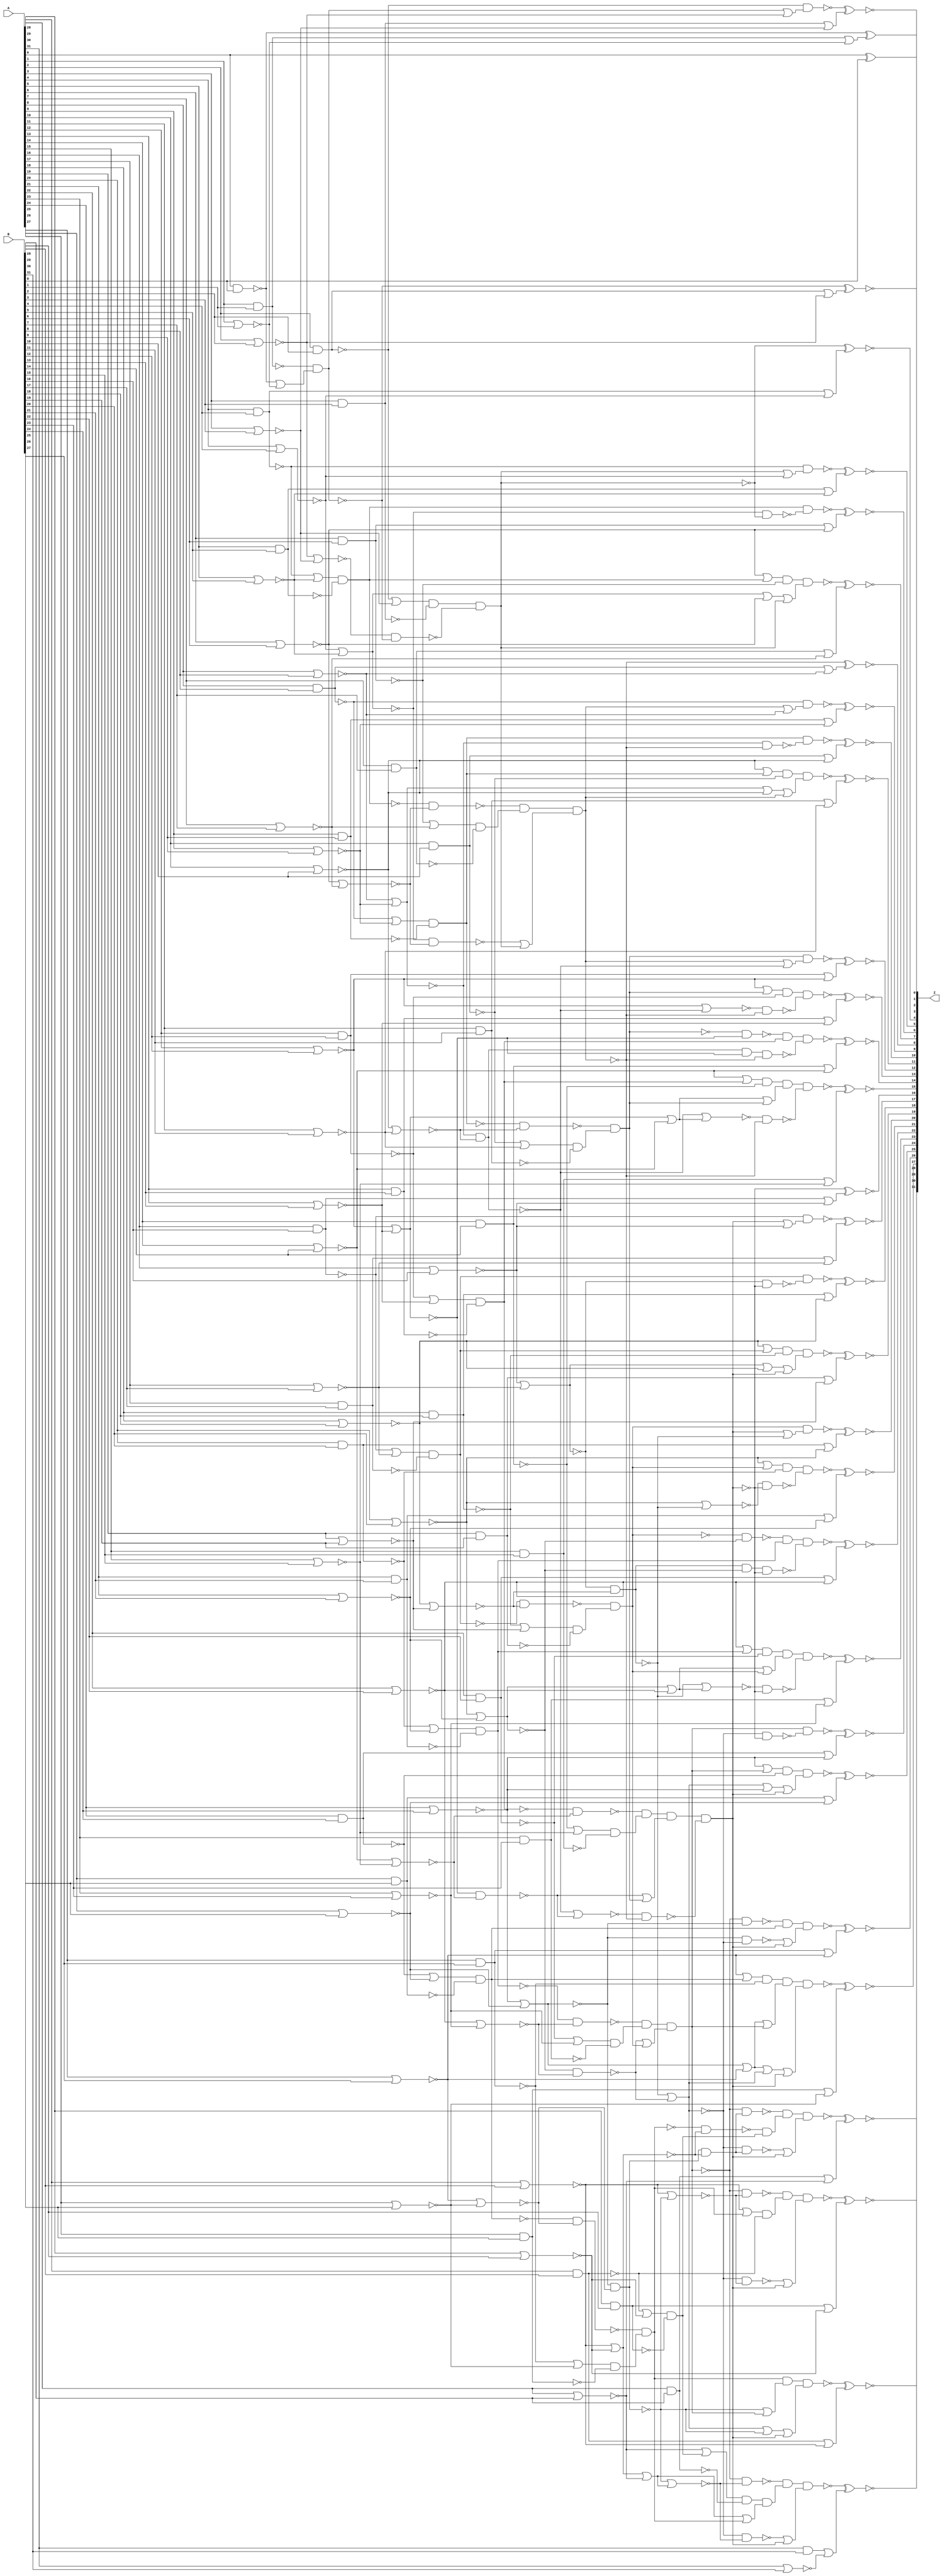
module add_unsigned_GENERIC_REAL(A, B, Z);
// synthesis_equation add_unsigned
  input [31:0] A, B;
  output [31:0] Z;
  wire [31:0] A, B;
  wire [31:0] Z;
  wire n_98, n_101, n_104, n_106, n_107, n_108, n_109, n_111;
  wire n_112, n_113, n_114, n_115, n_117, n_118, n_119, n_120;
  wire n_121, n_123, n_124, n_125, n_126, n_127, n_129, n_130;
  wire n_131, n_132, n_133, n_135, n_136, n_137, n_138, n_139;
  wire n_141, n_142, n_143, n_144, n_145, n_147, n_148, n_149;
  wire n_150, n_151, n_153, n_154, n_155, n_156, n_157, n_159;
  wire n_160, n_161, n_162, n_163, n_165, n_166, n_167, n_168;
  wire n_169, n_171, n_172, n_173, n_174, n_175, n_177, n_178;
  wire n_179, n_180, n_181, n_183, n_184, n_185, n_186, n_187;
  wire n_189, n_190, n_191, n_192, n_195, n_196, n_199, n_201;
  wire n_202, n_203, n_205, n_207, n_212, n_213, n_215, n_217;
  wire n_222, n_223, n_225, n_227, n_232, n_233, n_235, n_237;
  wire n_242, n_243, n_245, n_247, n_252, n_253, n_255, n_257;
  wire n_262, n_263, n_265, n_272, n_275, n_280, n_284, n_285;
  wire n_287, n_291, n_293, n_295, n_297, n_299, n_300, n_302;
  wire n_306, n_308, n_310, n_312, n_314, n_315, n_317, n_321;
  wire n_323, n_329, n_332, n_339, n_341, n_344, n_345, n_347;
  wire n_348, n_350, n_351, n_352, n_354, n_359, n_361, n_364;
  wire n_367, n_372, n_377, n_387, n_390, n_397, n_399, n_402;
  wire n_403, n_405, n_406, n_411, n_423, n_427, n_431, n_442;
  wire n_446, n_448, n_451, n_455, n_457, n_460, n_463, n_466;
  wire n_468, n_471, n_475, n_477, n_480, n_483, n_486, n_488;
  wire n_491, n_493, n_496, n_498, n_501, n_504, n_507, n_509;
  wire n_512, n_520, n_521, n_522, n_523, n_524, n_525, n_526;
  wire n_527, n_528, n_529, n_530, n_531, n_532, n_533, n_534;
  wire n_535, n_536, n_537, n_538, n_539, n_540, n_541, n_542;
  wire n_543, n_544, n_545, n_546, n_547, n_548, n_549, n_550;
  wire n_551, n_552, n_553, n_554, n_555, n_556, n_557, n_558;
  wire n_559, n_560, n_561, n_562, n_563, n_564, n_565, n_566;
  wire n_567, n_568, n_569, n_571, n_572, n_573, n_574, n_575;
  wire n_576, n_577, n_578, n_579, n_580, n_581, n_582, n_583;
  wire n_584, n_585, n_586, n_587, n_588, n_589, n_590, n_591;
  wire n_592, n_593, n_594, n_595, n_596, n_597, n_598, n_599;
  wire n_600, n_601, n_602, n_603, n_604, n_605, n_606, n_607;
  wire n_608, n_609, n_610, n_611, n_612, n_613, n_614, n_615;
  wire n_616, n_617, n_618, n_619, n_620, n_621, n_622, n_623;
  wire n_624;
  xor g1 (Z[0], A[0], B[0]);
  nand g2 (n_98, A[0], B[0]);
  nor g6 (n_101, A[1], B[1]);
  nand g7 (n_104, A[1], B[1]);
  nor g8 (n_111, A[2], B[2]);
  nand g9 (n_106, A[2], B[2]);
  nor g10 (n_107, A[3], B[3]);
  nand g11 (n_108, A[3], B[3]);
  nor g12 (n_117, A[4], B[4]);
  nand g13 (n_112, A[4], B[4]);
  nor g14 (n_113, A[5], B[5]);
  nand g15 (n_114, A[5], B[5]);
  nor g16 (n_123, A[6], B[6]);
  nand g17 (n_118, A[6], B[6]);
  nor g18 (n_119, A[7], B[7]);
  nand g19 (n_120, A[7], B[7]);
  nor g20 (n_129, A[8], B[8]);
  nand g21 (n_124, A[8], B[8]);
  nor g22 (n_125, A[9], B[9]);
  nand g23 (n_126, A[9], B[9]);
  nor g24 (n_135, A[10], B[10]);
  nand g25 (n_130, A[10], B[10]);
  nor g26 (n_131, A[11], B[11]);
  nand g27 (n_132, A[11], B[11]);
  nor g28 (n_141, A[12], B[12]);
  nand g29 (n_136, A[12], B[12]);
  nor g30 (n_137, A[13], B[13]);
  nand g31 (n_138, A[13], B[13]);
  nor g32 (n_147, A[14], B[14]);
  nand g33 (n_142, A[14], B[14]);
  nor g34 (n_143, A[15], B[15]);
  nand g35 (n_144, A[15], B[15]);
  nor g36 (n_153, A[16], B[16]);
  nand g37 (n_148, A[16], B[16]);
  nor g38 (n_149, A[17], B[17]);
  nand g39 (n_150, A[17], B[17]);
  nor g40 (n_159, A[18], B[18]);
  nand g41 (n_154, A[18], B[18]);
  nor g42 (n_155, A[19], B[19]);
  nand g43 (n_156, A[19], B[19]);
  nor g44 (n_165, A[20], B[20]);
  nand g45 (n_160, A[20], B[20]);
  nor g46 (n_161, A[21], B[21]);
  nand g47 (n_162, A[21], B[21]);
  nor g48 (n_171, A[22], B[22]);
  nand g49 (n_166, A[22], B[22]);
  nor g50 (n_167, A[23], B[23]);
  nand g51 (n_168, A[23], B[23]);
  nor g52 (n_177, A[24], B[24]);
  nand g53 (n_172, A[24], B[24]);
  nor g54 (n_173, A[25], B[25]);
  nand g55 (n_174, A[25], B[25]);
  nor g56 (n_183, A[26], B[26]);
  nand g57 (n_178, A[26], B[26]);
  nor g58 (n_179, A[27], B[27]);
  nand g59 (n_180, A[27], B[27]);
  nor g60 (n_189, A[28], B[28]);
  nand g61 (n_184, A[28], B[28]);
  nor g62 (n_185, A[29], B[29]);
  nand g63 (n_186, A[29], B[29]);
  nor g64 (n_195, A[30], B[30]);
  nand g65 (n_190, A[30], B[30]);
  nor g66 (n_191, A[31], B[31]);
  nand g67 (n_192, A[31], B[31]);
  nand g70 (n_196, n_104, n_520);
  nor g71 (n_109, n_106, n_107);
  nor g74 (n_199, n_111, n_107);
  nor g75 (n_115, n_112, n_113);
  nor g78 (n_205, n_117, n_113);
  nor g79 (n_121, n_118, n_119);
  nor g82 (n_207, n_123, n_119);
  nor g83 (n_127, n_124, n_125);
  nor g86 (n_215, n_129, n_125);
  nor g87 (n_133, n_130, n_131);
  nor g90 (n_217, n_135, n_131);
  nor g91 (n_139, n_136, n_137);
  nor g94 (n_225, n_141, n_137);
  nor g95 (n_145, n_142, n_143);
  nor g98 (n_227, n_147, n_143);
  nor g99 (n_151, n_148, n_149);
  nor g102 (n_235, n_153, n_149);
  nor g103 (n_157, n_154, n_155);
  nor g106 (n_237, n_159, n_155);
  nor g107 (n_163, n_160, n_161);
  nor g110 (n_245, n_165, n_161);
  nor g111 (n_169, n_166, n_167);
  nor g114 (n_247, n_171, n_167);
  nor g115 (n_175, n_172, n_173);
  nor g118 (n_255, n_177, n_173);
  nor g119 (n_181, n_178, n_179);
  nor g122 (n_257, n_183, n_179);
  nor g123 (n_187, n_184, n_185);
  nor g126 (n_265, n_189, n_185);
  nand g133 (n_442, n_106, n_571);
  nand g134 (n_201, n_199, n_196);
  nand g135 (n_272, n_521, n_201);
  nor g136 (n_203, n_123, n_202);
  nand g145 (n_280, n_205, n_207);
  nor g146 (n_213, n_135, n_212);
  nand g155 (n_287, n_215, n_217);
  nor g156 (n_223, n_147, n_222);
  nand g165 (n_295, n_225, n_227);
  nor g166 (n_233, n_159, n_232);
  nand g175 (n_302, n_235, n_237);
  nor g176 (n_243, n_171, n_242);
  nand g185 (n_310, n_245, n_247);
  nor g186 (n_253, n_183, n_252);
  nand g195 (n_317, n_255, n_257);
  nor g196 (n_263, n_195, n_262);
  nand g208 (n_446, n_112, n_588);
  nand g209 (n_275, n_205, n_272);
  nand g210 (n_448, n_202, n_275);
  nand g213 (n_451, n_572, n_589);
  nand g216 (n_329, n_573, n_590);
  nor g217 (n_285, n_141, n_284);
  nor g220 (n_339, n_141, n_287);
  nor g226 (n_293, n_291, n_284);
  nor g229 (n_345, n_287, n_291);
  nor g230 (n_297, n_295, n_284);
  nor g233 (n_348, n_287, n_295);
  nor g234 (n_300, n_165, n_299);
  nor g237 (n_397, n_165, n_302);
  nor g243 (n_308, n_306, n_299);
  nor g246 (n_403, n_302, n_306);
  nor g247 (n_312, n_310, n_299);
  nor g250 (n_354, n_302, n_310);
  nor g251 (n_315, n_189, n_314);
  nor g254 (n_367, n_189, n_317);
  nor g260 (n_323, n_321, n_314);
  nor g263 (n_377, n_317, n_321);
  nand g270 (n_455, n_124, n_605);
  nand g271 (n_332, n_215, n_329);
  nand g272 (n_457, n_212, n_332);
  nand g275 (n_460, n_574, n_606);
  nand g278 (n_463, n_284, n_607);
  nand g279 (n_341, n_339, n_329);
  nand g280 (n_466, n_591, n_341);
  nand g281 (n_344, n_568, n_329);
  nand g282 (n_468, n_592, n_344);
  nand g283 (n_347, n_345, n_329);
  nand g284 (n_471, n_593, n_347);
  nand g285 (n_350, n_348, n_329);
  nand g286 (n_387, n_594, n_350);
  nor g287 (n_352, n_177, n_351);
  nand g296 (n_411, n_255, n_354);
  nor g297 (n_361, n_359, n_351);
  nor g302 (n_364, n_317, n_351);
  nand g311 (n_423, n_354, n_367);
  nand g316 (n_427, n_354, n_372);
  nand g321 (n_431, n_354, n_377);
  nand g329 (n_475, n_148, n_615);
  nand g330 (n_390, n_235, n_387);
  nand g331 (n_477, n_232, n_390);
  nand g334 (n_480, n_577, n_616);
  nand g337 (n_483, n_299, n_617);
  nand g338 (n_399, n_397, n_387);
  nand g339 (n_486, n_595, n_399);
  nand g340 (n_402, n_569, n_387);
  nand g341 (n_488, n_596, n_402);
  nand g342 (n_405, n_403, n_387);
  nand g343 (n_491, n_597, n_405);
  nand g344 (n_406, n_354, n_387);
  nand g345 (n_493, n_351, n_406);
  nand g348 (n_496, n_608, n_618);
  nand g351 (n_498, n_609, n_619);
  nand g354 (n_501, n_610, n_620);
  nand g357 (n_504, n_611, n_621);
  nand g360 (n_507, n_612, n_622);
  nand g363 (n_509, n_613, n_623);
  nand g366 (n_512, n_614, n_624);
  xnor g373 (Z[2], n_196, n_532);
  xnor g376 (Z[3], n_442, n_533);
  xnor g378 (Z[4], n_272, n_534);
  xnor g381 (Z[5], n_446, n_535);
  xnor g383 (Z[6], n_448, n_536);
  xnor g386 (Z[7], n_451, n_537);
  xnor g388 (Z[8], n_329, n_538);
  xnor g391 (Z[9], n_455, n_539);
  xnor g393 (Z[10], n_457, n_540);
  xnor g396 (Z[11], n_460, n_541);
  xnor g399 (Z[12], n_463, n_542);
  xnor g402 (Z[13], n_466, n_543);
  xnor g404 (Z[14], n_468, n_544);
  xnor g407 (Z[15], n_471, n_545);
  xnor g409 (Z[16], n_387, n_546);
  xnor g412 (Z[17], n_475, n_547);
  xnor g414 (Z[18], n_477, n_548);
  xnor g417 (Z[19], n_480, n_549);
  xnor g420 (Z[20], n_483, n_550);
  xnor g423 (Z[21], n_486, n_551);
  xnor g425 (Z[22], n_488, n_552);
  xnor g428 (Z[23], n_491, n_553);
  xnor g430 (Z[24], n_493, n_554);
  xnor g433 (Z[25], n_496, n_555);
  xnor g435 (Z[26], n_498, n_556);
  xnor g438 (Z[27], n_501, n_557);
  xnor g441 (Z[28], n_504, n_558);
  xnor g444 (Z[29], n_507, n_559);
  xnor g446 (Z[30], n_509, n_560);
  xnor g449 (Z[31], n_512, n_561);
  or g452 (n_520, n_98, n_101);
  and g453 (n_521, wc, n_108);
  not gc (wc, n_109);
  and g454 (n_202, wc0, n_114);
  not gc0 (wc0, n_115);
  and g455 (n_522, wc1, n_120);
  not gc1 (wc1, n_121);
  and g456 (n_212, wc2, n_126);
  not gc2 (wc2, n_127);
  and g457 (n_523, wc3, n_132);
  not gc3 (wc3, n_133);
  and g458 (n_222, wc4, n_138);
  not gc4 (wc4, n_139);
  and g459 (n_524, wc5, n_144);
  not gc5 (wc5, n_145);
  and g460 (n_232, wc6, n_150);
  not gc6 (wc6, n_151);
  and g461 (n_525, wc7, n_156);
  not gc7 (wc7, n_157);
  and g462 (n_242, wc8, n_162);
  not gc8 (wc8, n_163);
  and g463 (n_526, wc9, n_168);
  not gc9 (wc9, n_169);
  and g464 (n_252, wc10, n_174);
  not gc10 (wc10, n_175);
  and g465 (n_527, wc11, n_180);
  not gc11 (wc11, n_181);
  and g466 (n_262, wc12, n_186);
  not gc12 (wc12, n_187);
  or g467 (n_528, wc13, n_123);
  not gc13 (wc13, n_205);
  or g468 (n_529, wc14, n_135);
  not gc14 (wc14, n_215);
  or g469 (n_291, wc15, n_147);
  not gc15 (wc15, n_225);
  or g470 (n_530, wc16, n_159);
  not gc16 (wc16, n_235);
  or g471 (n_306, wc17, n_171);
  not gc17 (wc17, n_245);
  or g472 (n_359, wc18, n_183);
  not gc18 (wc18, n_255);
  or g473 (n_321, wc19, n_195);
  not gc19 (wc19, n_265);
  or g474 (n_531, wc20, n_101);
  not gc20 (wc20, n_104);
  or g475 (n_532, wc21, n_111);
  not gc21 (wc21, n_106);
  or g476 (n_533, wc22, n_107);
  not gc22 (wc22, n_108);
  or g477 (n_534, wc23, n_117);
  not gc23 (wc23, n_112);
  or g478 (n_535, wc24, n_113);
  not gc24 (wc24, n_114);
  or g479 (n_536, wc25, n_123);
  not gc25 (wc25, n_118);
  or g480 (n_537, wc26, n_119);
  not gc26 (wc26, n_120);
  or g481 (n_538, wc27, n_129);
  not gc27 (wc27, n_124);
  or g482 (n_539, wc28, n_125);
  not gc28 (wc28, n_126);
  or g483 (n_540, wc29, n_135);
  not gc29 (wc29, n_130);
  or g484 (n_541, wc30, n_131);
  not gc30 (wc30, n_132);
  or g485 (n_542, wc31, n_141);
  not gc31 (wc31, n_136);
  or g486 (n_543, wc32, n_137);
  not gc32 (wc32, n_138);
  or g487 (n_544, wc33, n_147);
  not gc33 (wc33, n_142);
  or g488 (n_545, wc34, n_143);
  not gc34 (wc34, n_144);
  or g489 (n_546, wc35, n_153);
  not gc35 (wc35, n_148);
  or g490 (n_547, wc36, n_149);
  not gc36 (wc36, n_150);
  or g491 (n_548, wc37, n_159);
  not gc37 (wc37, n_154);
  or g492 (n_549, wc38, n_155);
  not gc38 (wc38, n_156);
  or g493 (n_550, wc39, n_165);
  not gc39 (wc39, n_160);
  or g494 (n_551, wc40, n_161);
  not gc40 (wc40, n_162);
  or g495 (n_552, wc41, n_171);
  not gc41 (wc41, n_166);
  or g496 (n_553, wc42, n_167);
  not gc42 (wc42, n_168);
  or g497 (n_554, wc43, n_177);
  not gc43 (wc43, n_172);
  or g498 (n_555, wc44, n_173);
  not gc44 (wc44, n_174);
  or g499 (n_556, wc45, n_183);
  not gc45 (wc45, n_178);
  or g500 (n_557, wc46, n_179);
  not gc46 (wc46, n_180);
  or g501 (n_558, wc47, n_189);
  not gc47 (wc47, n_184);
  or g502 (n_559, wc48, n_185);
  not gc48 (wc48, n_186);
  or g503 (n_560, wc49, n_195);
  not gc49 (wc49, n_190);
  or g504 (n_561, wc50, n_191);
  not gc50 (wc50, n_192);
  and g505 (n_562, wc51, n_207);
  not gc51 (wc51, n_202);
  and g506 (n_563, wc52, n_217);
  not gc52 (wc52, n_212);
  and g507 (n_564, wc53, n_227);
  not gc53 (wc53, n_222);
  and g508 (n_565, wc54, n_237);
  not gc54 (wc54, n_232);
  and g509 (n_566, wc55, n_247);
  not gc55 (wc55, n_242);
  and g510 (n_567, wc56, n_257);
  not gc56 (wc56, n_252);
  and g511 (n_568, wc57, n_225);
  not gc57 (wc57, n_287);
  and g512 (n_569, wc58, n_245);
  not gc58 (wc58, n_302);
  and g513 (n_372, wc59, n_265);
  not gc59 (wc59, n_317);
  xor g514 (Z[1], n_98, n_531);
  or g515 (n_571, wc60, n_111);
  not gc60 (wc60, n_196);
  and g516 (n_572, wc61, n_118);
  not gc61 (wc61, n_203);
  and g517 (n_573, wc62, n_522);
  not gc62 (wc62, n_562);
  and g518 (n_574, wc63, n_130);
  not gc63 (wc63, n_213);
  and g519 (n_284, wc64, n_523);
  not gc64 (wc64, n_563);
  and g520 (n_575, wc65, n_142);
  not gc65 (wc65, n_223);
  and g521 (n_576, wc66, n_524);
  not gc66 (wc66, n_564);
  and g522 (n_577, wc67, n_154);
  not gc67 (wc67, n_233);
  and g523 (n_299, wc68, n_525);
  not gc68 (wc68, n_565);
  and g524 (n_578, wc69, n_166);
  not gc69 (wc69, n_243);
  and g525 (n_579, wc70, n_526);
  not gc70 (wc70, n_566);
  and g526 (n_580, wc71, n_178);
  not gc71 (wc71, n_253);
  and g527 (n_314, wc72, n_527);
  not gc72 (wc72, n_567);
  and g528 (n_581, wc73, n_190);
  not gc73 (wc73, n_263);
  or g529 (n_582, wc74, n_177);
  not gc74 (wc74, n_354);
  or g530 (n_583, n_359, wc75);
  not gc75 (wc75, n_354);
  or g531 (n_584, wc76, n_317);
  not gc76 (wc76, n_354);
  and g532 (n_585, wc77, n_225);
  not gc77 (wc77, n_284);
  and g533 (n_586, wc78, n_245);
  not gc78 (wc78, n_299);
  and g534 (n_587, wc79, n_265);
  not gc79 (wc79, n_314);
  or g535 (n_588, wc80, n_117);
  not gc80 (wc80, n_272);
  or g536 (n_589, n_528, wc81);
  not gc81 (wc81, n_272);
  or g537 (n_590, n_280, wc82);
  not gc82 (wc82, n_272);
  and g538 (n_591, wc83, n_136);
  not gc83 (wc83, n_285);
  and g539 (n_592, wc84, n_222);
  not gc84 (wc84, n_585);
  and g540 (n_593, n_575, wc85);
  not gc85 (wc85, n_293);
  and g541 (n_594, n_576, wc86);
  not gc86 (wc86, n_297);
  and g542 (n_595, wc87, n_160);
  not gc87 (wc87, n_300);
  and g543 (n_596, wc88, n_242);
  not gc88 (wc88, n_586);
  and g544 (n_597, n_578, wc89);
  not gc89 (wc89, n_308);
  and g545 (n_351, n_579, wc90);
  not gc90 (wc90, n_312);
  and g546 (n_598, wc91, n_184);
  not gc91 (wc91, n_315);
  and g547 (n_599, wc92, n_262);
  not gc92 (wc92, n_587);
  and g548 (n_600, n_581, wc93);
  not gc93 (wc93, n_323);
  and g549 (n_601, wc94, n_255);
  not gc94 (wc94, n_351);
  and g550 (n_602, wc95, n_367);
  not gc95 (wc95, n_351);
  and g551 (n_603, wc96, n_372);
  not gc96 (wc96, n_351);
  and g552 (n_604, wc97, n_377);
  not gc97 (wc97, n_351);
  or g553 (n_605, wc98, n_129);
  not gc98 (wc98, n_329);
  or g554 (n_606, n_529, wc99);
  not gc99 (wc99, n_329);
  or g555 (n_607, wc100, n_287);
  not gc100 (wc100, n_329);
  and g556 (n_608, wc101, n_172);
  not gc101 (wc101, n_352);
  and g557 (n_609, wc102, n_252);
  not gc102 (wc102, n_601);
  and g558 (n_610, n_580, wc103);
  not gc103 (wc103, n_361);
  and g559 (n_611, n_314, wc104);
  not gc104 (wc104, n_364);
  and g560 (n_612, wc105, n_598);
  not gc105 (wc105, n_602);
  and g561 (n_613, wc106, n_599);
  not gc106 (wc106, n_603);
  and g562 (n_614, wc107, n_600);
  not gc107 (wc107, n_604);
  or g563 (n_615, wc108, n_153);
  not gc108 (wc108, n_387);
  or g564 (n_616, n_530, wc109);
  not gc109 (wc109, n_387);
  or g565 (n_617, wc110, n_302);
  not gc110 (wc110, n_387);
  or g566 (n_618, n_582, wc111);
  not gc111 (wc111, n_387);
  or g567 (n_619, n_411, wc112);
  not gc112 (wc112, n_387);
  or g568 (n_620, n_583, wc113);
  not gc113 (wc113, n_387);
  or g569 (n_621, n_584, wc114);
  not gc114 (wc114, n_387);
  or g570 (n_622, n_423, wc115);
  not gc115 (wc115, n_387);
  or g571 (n_623, n_427, wc116);
  not gc116 (wc116, n_387);
  or g572 (n_624, n_431, wc117);
  not gc117 (wc117, n_387);
endmodule

module add_unsigned_GENERIC(A, B, Z);
  input [31:0] A, B;
  output [31:0] Z;
  wire [31:0] A, B;
  wire [31:0] Z;
  add_unsigned_GENERIC_REAL g1(.A (A), .B (B), .Z (Z));
endmodule